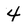
Character: 4